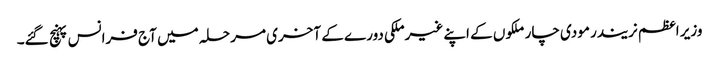
وزیر اعظم نریندر مودی چار ملکوں کے اپنے غیرملکی دورے کے آخری مرحلہ میں آج فرانس پہنچ گئے۔